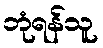
ဘုံရန်သူ